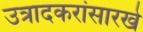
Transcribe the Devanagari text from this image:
उत्रादकरांसारखे